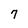
Character: 7